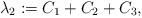
LaTeX: \begin{align*}\lambda_{2} := C_{1} + C_{2} + C_{3},\end{align*}